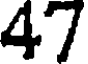
47